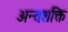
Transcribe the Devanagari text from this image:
अन्तःशक्ति